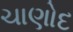
ચાણોદ